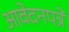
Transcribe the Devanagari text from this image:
आवेदनपत्रे